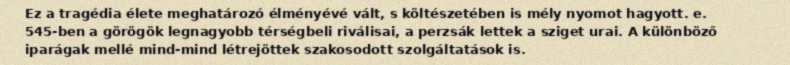
Ez a tragédia élete meghatározó élményévé vált, s költészetében is mély nyomot hagyott. e. 545-ben a görögök legnagyobb térségbeli riválisai, a perzsák lettek a sziget urai. A különböző iparágak mellé mind-mind létrejöttek szakosodott szolgáltatások is.